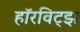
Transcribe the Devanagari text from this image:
हॉरविट्झ